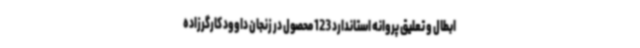
ابطال و تعلیق پروانه استاندارد 123 محصول در زنجان داوود کارگرزاده